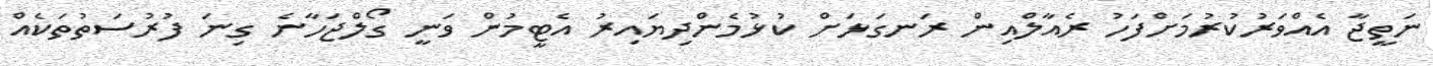
ނަތީޖާ އެއްވަރުކުރުމަށްފަހު ރެއާލްއިން ރަނގަޅަށް ކުޅުމެންދިޔައިރު އެޓީމުން ވަނީ ގޯލްޖަހާނެ ގިނަ ފުރުސަތުތަކެއް